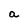
Character: a